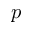
\boldsymbol { p }